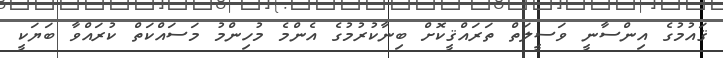
ޤައުމުގެ އިންސާނީ ވަސީލަތް ތަރައްޤީކޮށް ބިނާކުރުމުގެ އެންމެ މުހިންމު މަސައްކަތް ކުރައްވާ ބަޔަކީ